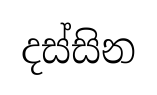
දස්සින